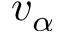
v _ { \alpha }